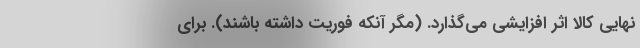
نهایی کالا اثر افزایشی می‌گذارد. (مگر آنکه فوریت داشته باشند). برای